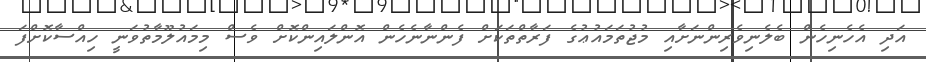
އަދި އެހެނިހެން ބެލެނިވެރިންނަށާއި މުޖުތަމައުޢުގެ ފަރާތްތަކަށް ފެންނާނެހެން އޮންލައިންކޮށް ވެސް މިމައުލޫމާތުވަނީ ހިއްސާކޮށްފަ